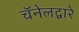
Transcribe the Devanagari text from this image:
चॅनेलद्वारे